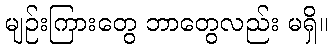
မျဉ်းကြားတွေ ဘာတွေလည်း မရှိ။